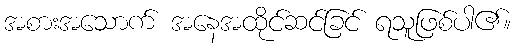
အစားအသောက် အနေအထိုင်ဆင်ခြင် ရသူဖြစ်ပါ၏။